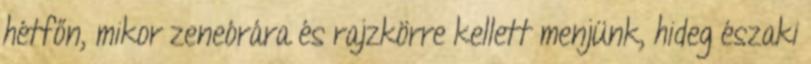
hétfőn, mikor zeneórára és rajzkörre kellett menjünk, hideg északi